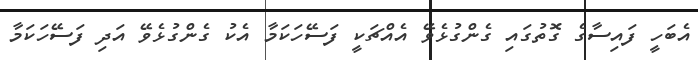
އެބަހީ ފައިސާގެ ގޮތުގައި ގެންގުޅެވޭ އެއްޗަކީ ފަސޭހަކަމާ އެކު ގެންގުޅެވޭ އަދި ފަސޭހަކަމާ